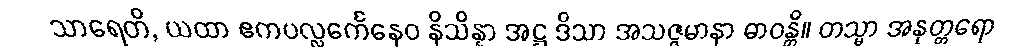
သာရေတိ, ယထာ ဧကပလ္လင်္ကေနေဝ နိသိန္နာ အဋ္ဌ ဒိသာ အသဇ္ဇမာနာ ဓာဝန္တိ။ တသ္မာ အနုတ္တရော